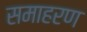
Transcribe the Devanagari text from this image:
समाहरण